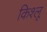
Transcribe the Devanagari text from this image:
किश्लू